Medical and sanitary report of the native army of Madras for the year
Year: 1877
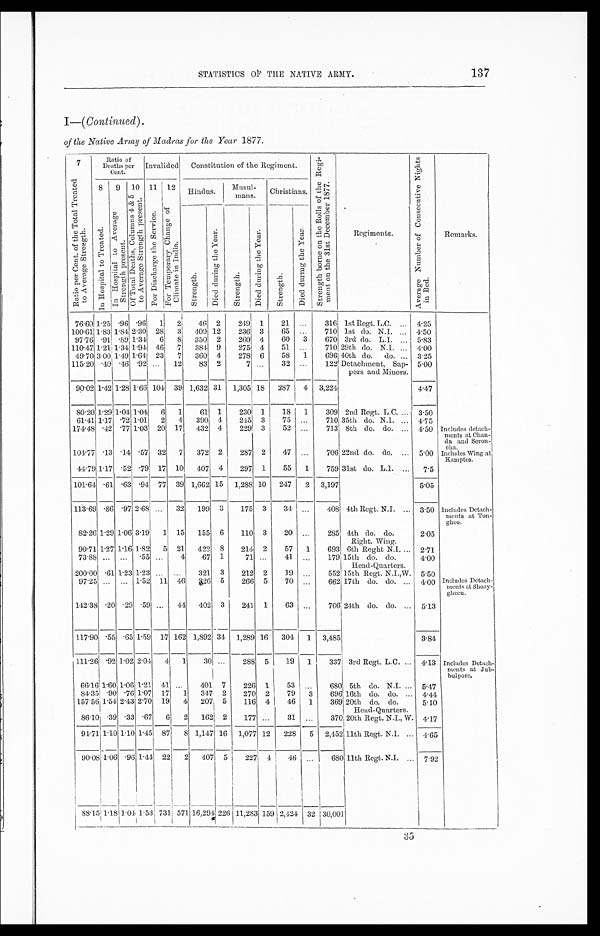
13
1 3 7
STATISTICS OF THE NATIVE ARMY.
I—( Continued ).
of the Native Army of Madras for the Year 1877.
7 R a t i o p e r C e n t . o f t h e T o t a l T r e a t e d t o A v e r a g e S t r e n g t h .
Ratio of
Deaths per
Cent.
I n v a l i d e d
Constitution of the Regiment.
S t r e n g t h b o r n e o n t h e R o l l s o f t h e R e g i - m e n t o n t h e 3 1 s t D e c e m b e r 1 8 7 7 .
R e g i m e n t s .
A v e r a g e N u m b e r o f C o n s e c u t i v e N i g h t s i n B e d .
R e m a r k s .
8 I n H o s p i t a l t o T r e a t e d .
9 I n H o s p i t a l t o A v e r a g e S t r e n g t h p r e s e n t .
1 0
O f T o t a l D e a t h s , C o l u m n s 4 & 5 t o A v e r a g e S t r e n g t h p r e s e n t . 1 1
F o r D i s c h a r g e t h e S e r v i c e . 1 2
F o r T e m p o r a r y C h a n g e o f C l i m a t e i n I n d i a .
Hindus. Musul-
mans. Christians.
S t r e n g t h .
D i e d d u r i n g t h e Y e a r .
S t r e n g t h .
D i e d d u r i n g t h e Y e a r .
S t r e n g t h .
D i e d d u r i n g t h e Y e a r .
76.60
1 . 2 5
. 9 6 . 9 6
1 2 46 2 249 1 21
. . .
316 1st Regt. L.C. 4.25
100.61 1.83
1 . 8 4 2 . 3 0
28 3 409 12 236 3 65
. . .
710 1st do. N.I.
4.50
97.76 .91
. 8 9
1.34 6
8
350 2 260 4 60 3 670 3rd do. L.I.
5.83
110.47 1.21
1 . 3 4 1 . 9 4
46 7 384 9 275 4 51
. . .
710 29th do. N.I.
4.00
49.70 3.00 149 1.64 23 7 360 4 278 6 58 1 696 40th do. do.
3.25
115.20
. 4 0
.46
. 9 2 . . .
12 83 2
7
. . .
32
. . .
122 Detachment, Sap-
pers and Miners.
5.00
90.02 1.42 1.28 1.66 104 39 1,632 31 1,305 18 287 4 3,224
4.47
80.20
1 . 2 9 1 . 0 4
1.04 6 1 61 1 230 1 18 1 309 2nd Regt. L.C.
3.50
61.41 1.17
. 7 2
1.01 2 4 390 4 245 3 75
. . .
710 35th do. N.I.
4.75
174.48
. 4 2
.77 1.03 20 17 432 4 229 3 52
. . .
713 8th do. do.
4.50 Includes detach-
ments at
Chan-da and Seron-cha.
104.77
. 1 3 . 1 4
.57 32 7 372
2
287 2 47
. . .
706 22nd do. do.
5.00 Incl udes Wi ng at Kamptee.
clu
Kamptee.
44.79 1.17 .52
. 7 9
17 10 407 4 297 1 55 1 759 31st do. L.I.
7.5
101.64 .61
. 6 3
.94 77 39 1,662 15 1,288 10 247 2 3,197
5.05
113.69 .86 .97 2.68
. . .
32 199
8
175
3
34
. . .
408 4th Regt. N.I.
3.50 Includes Detach
- ments at Ton-
ghoo.
82.26 1.29 1.06 3.19
1
15 155 6 110 3 20
. . .
285 4th do. do.
Right. Wing.
2.05
90.71 1.27 1.16 1.82
5
21 422 8 214 2 57 1 693 6th Reght N.I.
2.71
73.88
. . . . . .
.55
. . .
4 67 1
71
. . .
41
. . .
179 15th do. do.
Head-Quarters.
4.00
200.00
. 6 1
1.23 1.23
. . . . . .
321 3 212 2 19
. . . 5 5 2
15th Regt. N.I., W. 5.50
97.25
. . . . . .
1.52 11 46 326 5 266 5 70
. . .
662 17th do. do.
4.00 Includes Detach
- ments at Shoay
- gheen.
142.38
. 2 0 . 2 9
.59
. . .
44 402 3 241 1 63
. . .
706 24th do. do.
5.13
117.90 .55
. 6 5
1 . 5 9
1. 7 162 1,892 34 1,289 16 304 1 3,485
3.84
111.26 .92 1.02 2.04
4
1
30
. . .
288 5 19 1 337 3rd Regt. L.C.
4.13 Includes Detach
- ments at Ju
b- bulpore.
66.16 1.60 1.06 1.21
4 1 . . .
401 7 226 1 1 53
. . .
680 5th do. N.I.
5.47
84.35 .90
. 7 6 1 . 0 7 1 7 1 3 4 7
2 270 2 79 3 696 16th do. do.
4.44
157.56 1.54 2.43 2.70
1 9 4 2 0 7
5 116 4
4 6
1 369 20th do. do.
Head-Quarters.
5.10
86.10
. 3 9 . 3 3 . 6 7 6 2 1 6 2
2 177
. . .
31
. . .
370 20th Regt. N.I., W. 4.17
94.71 1.10
1 . 1 0
1.145
8 7
8
1,147 16 1,077 12 228 5 2,452 11th Regt. N.I.
4.65
90.08 1.06
. 9 6
1.44
2 2
2 4 0 7
5 227 4 46
. . .
680 11th Regt. N.I.
7.92
8 8 . 1 5
1 . 1 8 1 . 0 4
1 . 5 3
7 3 1
571 16,294 226 11,283 159 2,424 32 30,001
3 5